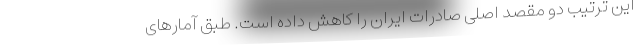
این ترتیب دو مقصد اصلی صادرات ایران را کاهش داده است. طبق آمارهای